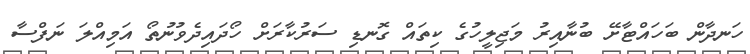
ހަނދާން ބަހައްޓާށޭ ބުނާއިރު މަޖިލީހުގެ ކިތައް ގޮނޑި ސަރުކާރަށް ހޯދައިދެވުނުތޯ އަމިއްލަ ނަފްސާ